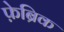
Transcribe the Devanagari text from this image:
फ़ेब्रिक